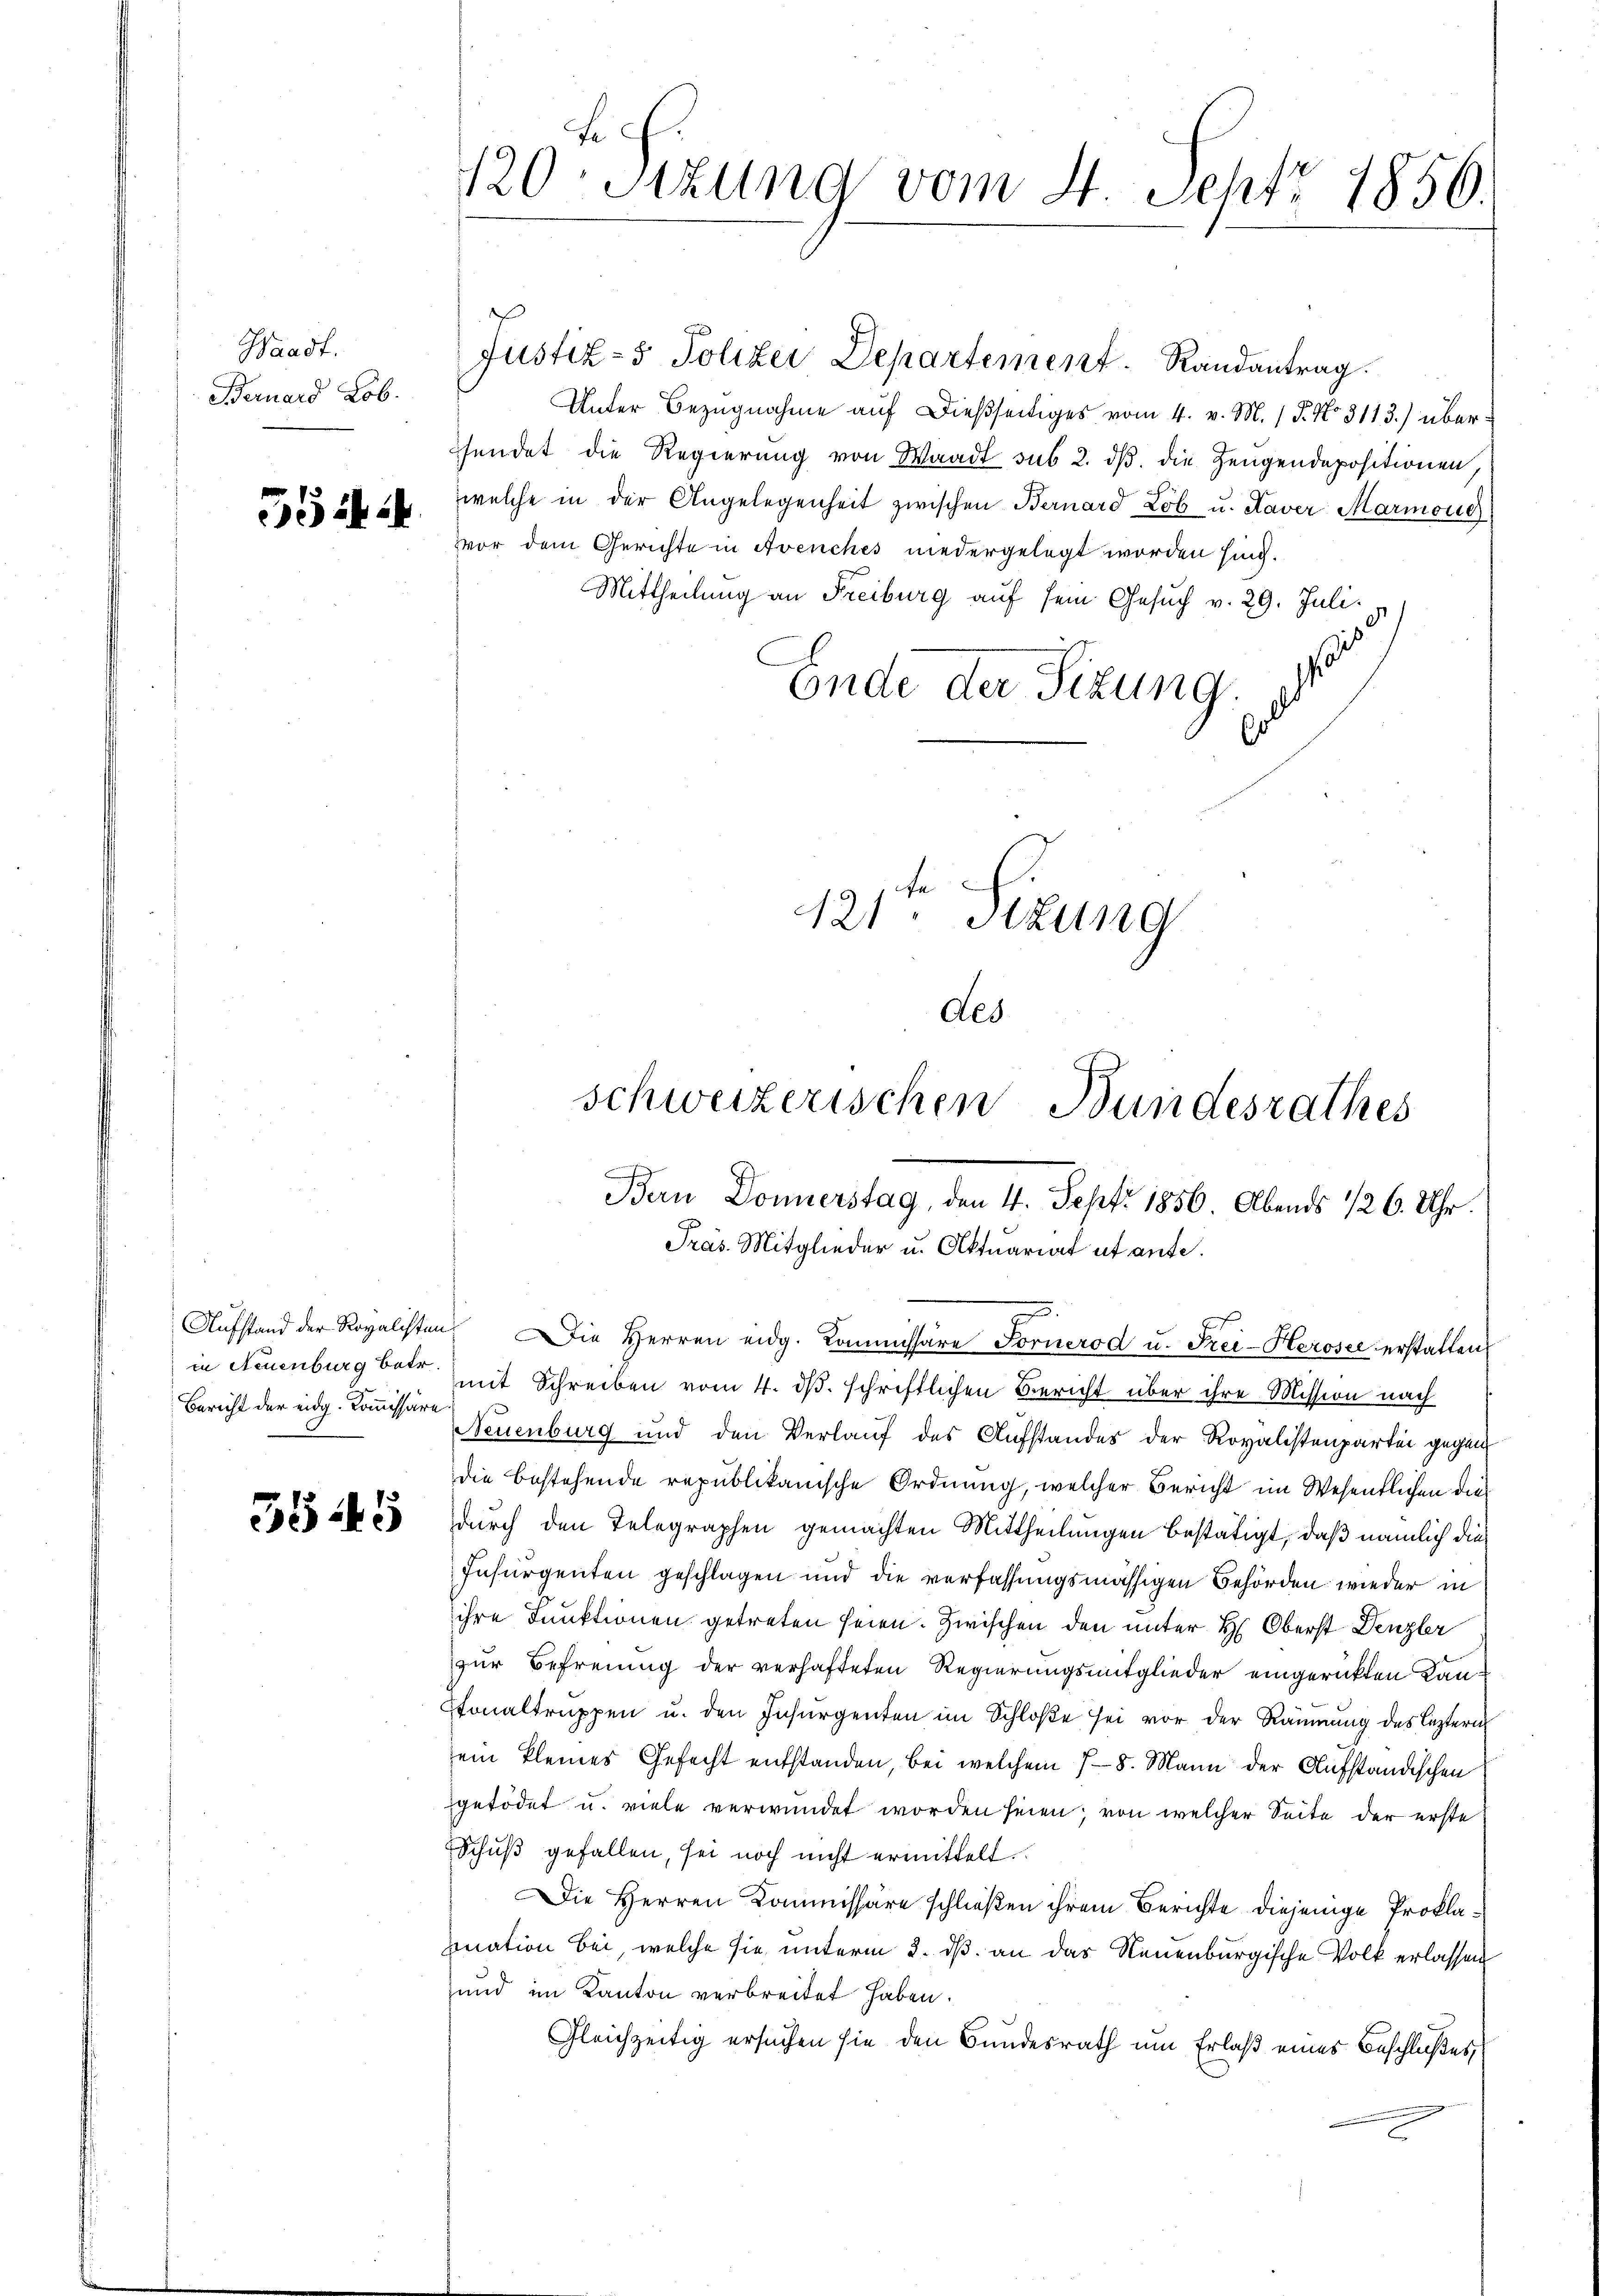
Waadt.
Bernard Lob.

35 i

Bericht der eidg. Kommissäre

5545

fe
120. Sitzung vom 4. Sept. 1856.

Justiz- & Polizei Departement. Randantrag.
Unter Bezugnahme auf dießseitiges vom 4. v. M. P. No. 3113.) überfendet die Regierung von Waadt sus 2. dß. die Zeugendepositionen,
welche in der Angelegenheit zwischen Bernard Lob u. Kaver Marmonie
vor dem Gerichte in Avenches niedergelegt worden sind.
Mittheilung an Freiburg auf sein Gesŭch v. 29. Juli
Ende der Sizung.

121ten Sizung
des

schweizerischen Bundesrathes
Bern Donnerstag, den 4. Sept. 1856. Abends 126. Uhr.
Präs. Mitglieder u. Aktuariat et ante.
Aufstand der Regalisten. Die Herren eidg. Kommissare Fornerod u. Frei-Heroser erstatten

in Neuenburg bat mit Schreiben vom 4. ds. schriftlichen Bericht über ihre Mission nach
Neuenburg und den Verlauf des Aufstandes der Rovalistenpartei gegen
die bestehende republikanische Ordnung, welcher Bericht im Wesentlichen diedurch den Telegraphen gemachten Mittheilungen bestätigt, daß nämlich die
Insurgenten geschlagen und die verfassungsmässigen Behörden wieder in
ihre Funktionen getreten seien. Zwischen den unter H: Oberst Denzler
zur Befreiung der verhafteten Regierungsmitglieder eingerückten Kantonaltrŭppen u. den Insŭrgenten im Schloße sei vor der Räumung des leztern
ein kleines Gefecht entstanden, bei welchem 18. Mann der Aufständischen
getödet u. viele verwundet worden seien; von welcher Seite der erste
Schuß gefallen, sei noch nicht ermittelt.
Die Herren Kommissäre schließen ihrem Berichte diejenige Proklaination bei, welche sie unterm 2. ds. an das Neuenburgische Volk erlassen,
und im Kanton verbreitet haben.
Gleichzeitig ersuchen sie den Bundesrath um Erlaß eines Beschlußes,